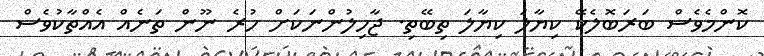
ކޮންމެވެސް ބަރަބޮލެކޭ ކިޔާލަ ކިޔާލަ ތިބޭތި. ޖާހިލުންނަކަށް ހުރެ ނޫން ތަނެއް އެއްތާކުވެސް